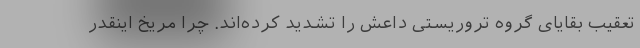
تعقیب بقایای گروه تروریستی داعش را تشدید کرده‌اند. چرا مریخ اینقدر